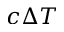
c \Delta T